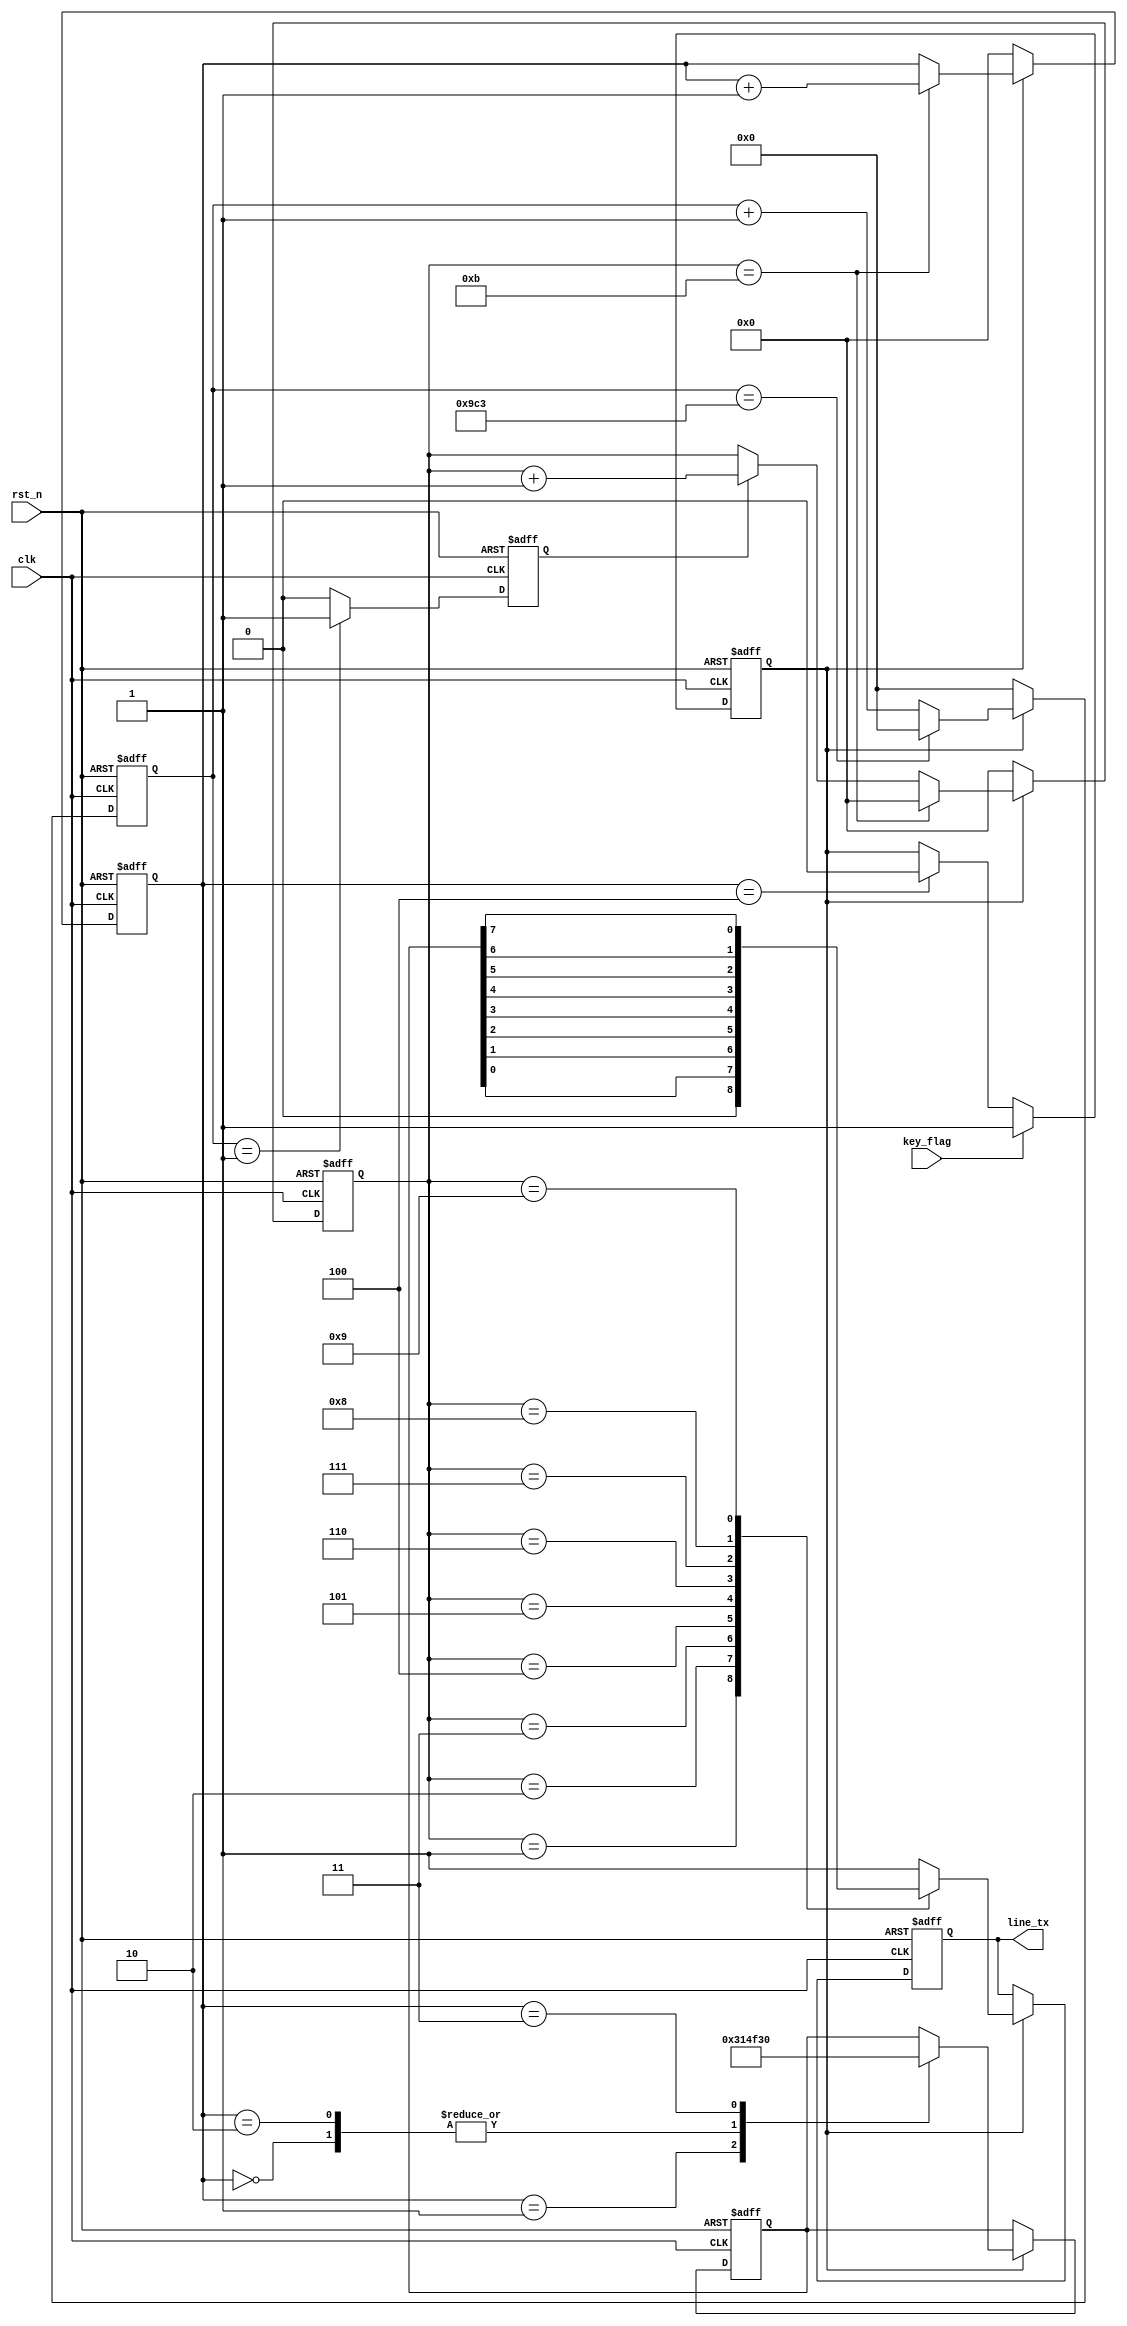
module uart_tx_ly9( clk,
	rst_n,
	key_flag,
	line_tx
    );
    input clk;
	input rst_n;
	input key_flag;
	output reg line_tx;
	 
	 
parameter tx_start = 0,tx_stop = 1; 
reg [12:0] cnt;
reg clk_tx;
reg [3:0] cnt_tx;
reg en ;
reg [3:0]cnt_stop;
reg [7:0]data_tx ;



always @(posedge clk or negedge rst_n)
begin
    if(!rst_n)
	 en <= 0;
	 else if(key_flag)
	 en <= 1;
	 else if(cnt_stop == 4)
	 en <= 0;
end

// 


always @(posedge clk or negedge rst_n)
begin
    if(!rst_n)
	     cnt <= 0;
	 else if(en)
	 begin
	     if(cnt == 2499)
	         cnt <= 0;
	     else 
	         cnt <= cnt + 1'b1;
	 end
	 else 
	     cnt <= 0;
end
//

always @(posedge clk or negedge rst_n)
begin
    if(!rst_n)
	     clk_tx <= 0;
	 else if(cnt == 1)
	     clk_tx <= 1;
	 else 
	     clk_tx <= 0;
end
//

always @(posedge clk or negedge rst_n)
begin
    if(!rst_n)
	 begin
	     cnt_tx <= 0;
		  cnt_stop <= 0;
		  end
	 else if(en)
	 begin
	     if(cnt_tx == 11)
		  begin
	         cnt_tx <= 0;
				cnt_stop <= cnt_stop + 1'b1;
				end
	     else if(clk_tx)
	         cnt_tx <= cnt_tx + 1'b1;
	 end
	 else 
	 begin
	     cnt_tx <= 0;
		  cnt_stop <= 0;
		  end
end

//

always @(posedge clk or negedge rst_n)
begin
    if(!rst_n)
	 data_tx <= 8'b1011_0101;
	 else if(en)
	 case(cnt_stop)
	 'd0:data_tx <= "O";	 
	 'd1:data_tx <= "1";
     'd2:data_tx <= "O";
     'd3:data_tx <= "0";	 
	 endcase
	 
end

always @(posedge clk or negedge rst_n)
begin
    if(!rst_n)
        line_tx <= 1;
	 else if(en)
	 case(cnt_tx)
	 'd0:line_tx <= 1;
	 'd1:line_tx <= tx_start;
	 'd2:line_tx <= data_tx[0];
	 'd3:line_tx <= data_tx[1];
	 'd4:line_tx <= data_tx[2];
	 'd5:line_tx <= data_tx[3];
	 'd6:line_tx <= data_tx[4];
	 'd7:line_tx <= data_tx[5];
	 'd8:line_tx <= data_tx[6];
	 'd9:line_tx <= data_tx[7];
	 'd10:line_tx <= tx_stop;
	 default:line_tx <= 1;
	 endcase
end

endmodule